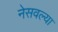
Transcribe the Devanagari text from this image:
नेसवल्या